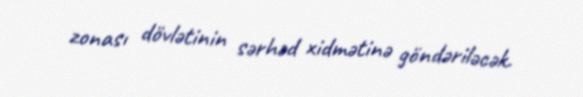
zonası dövlətinin sərhəd xidmətinə göndəriləcək.